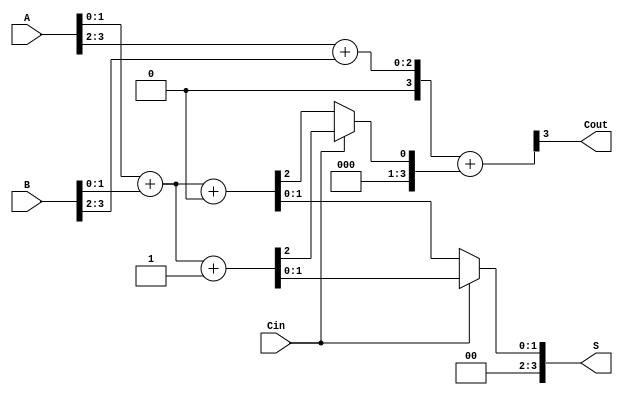
module Carry_Select_Adder #(parameter N = 4) (
    input  wire [N-1:0] A,      // First n-bit input
    input  wire [N-1:0] B,      // Second n-bit input
    input  wire Cin,             // Carry-in
    output wire [N-1:0] S,       // n-bit sum output
    output wire Cout             // Carry-out
);

    // Internal signals for the carry select adder
    wire [N/2-1:0] S0, S1;       // Sums for Cin = 0 and Cin = 1
    wire [N/2-1:0] C0, C1;       // Carry-outs for Cin = 0 and Cin = 1
    wire carry_out0, carry_out1; // Carry-out from the first block

    // Block size
    localparam BLOCK_SIZE = N/2;

    // First block (lower half)
    assign {carry_out0, S0} = A[BLOCK_SIZE-1:0] + B[BLOCK_SIZE-1:0] + 1'b0; // Cin = 0
    assign {carry_out1, S1} = A[BLOCK_SIZE-1:0] + B[BLOCK_SIZE-1:0] + 1'b1; // Cin = 1

    // Second block (upper half)
    assign {Cout, S[BLOCK_SIZE-1:N-1]} = A[N-1:BLOCK_SIZE] + B[N-1:BLOCK_SIZE] + (Cin ? carry_out1 : carry_out0);

    // Final sum selection based on Cin
    assign S = (Cin) ? S1 : S0;

endmodule